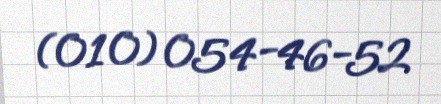
(010) 054-46-52